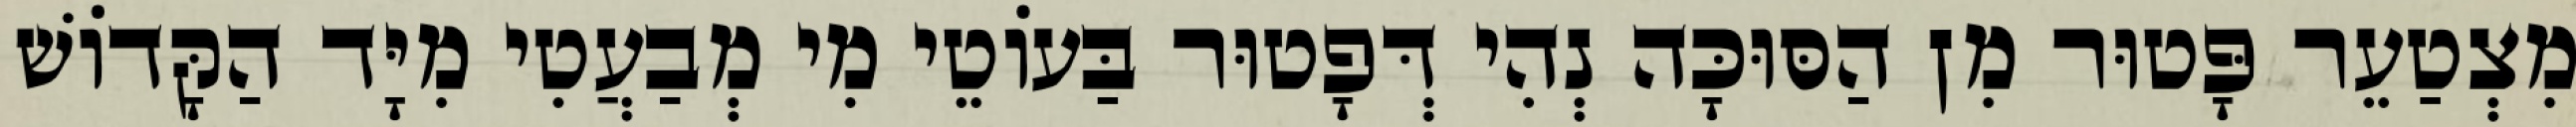
מִצְטַעֵר פָּטוּר מִן הַסּוּכָּה נְהִי דְּפָטוּר בַּעוֹטֵי מִי מְבַעֲטִי מִיָּד הַקָּדוֹשׁ